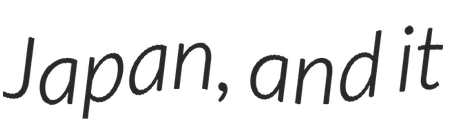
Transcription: Japan, and it